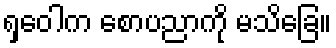
ရှဝေါက စောပညာကို မသိခြေ။